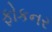
ફોકનર